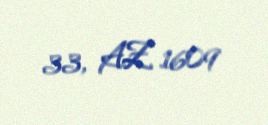
33, AZ 1609